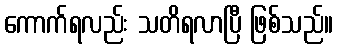
ကောက်ရလည်း သတိရလာပြီ ဖြစ်သည်။